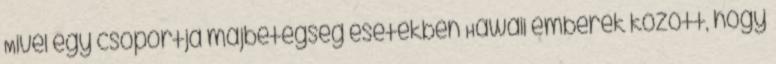
Mivel egy csoportja májbetegség esetekben Hawaii emberek között, hogy